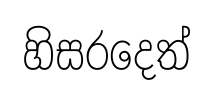
හිසරදෙත්